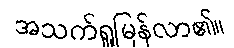
အသက်ရှူမြန်လာ၏။